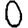
Digit: 0